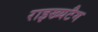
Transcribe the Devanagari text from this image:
राइख्यटैग